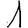
Digit: 1